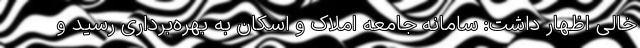
خالی اظهار داشت: سامانه جامعه املاک و اسکان به بهره‌برداری رسید و